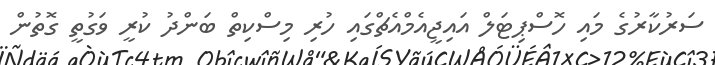
ސަރުކާރުގެ މައި ހޮސްޕިޓަލް އައިޖީއެމްއެޗްގައި ހުރި މިސްކިތް ބަންދު ކުރީ ވަގުތީ ގޮތުން